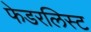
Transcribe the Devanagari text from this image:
फेडरलिस्ट